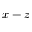
x - z